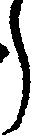
う